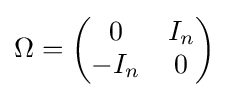
\Omega ={\begin{pmatrix}0&I_{n}\\-I_{n}&0\end{pmatrix}}